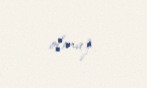
olmaz.